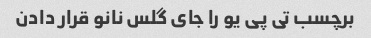
برچسب تی پی یو را جای گلس نانو قرار دادن